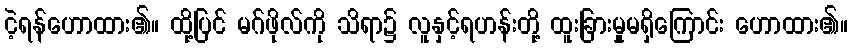
ငဲ့ရန်ဟောထား၏။ ထို့ပြင် မဂ်ဖိုလ်ကို သိရာ၌ လူနှင့်ရဟန်းတို့ ထူးခြားမှုမရှိကြောင်း ဟောထား၏။